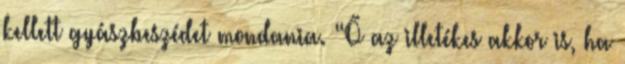
kellett gyászbeszédet mondania. “Ő az illetékes akkor is, ha